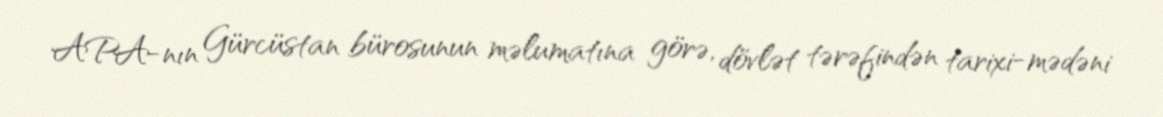
APA-nın Gürcüstan bürosunun məlumatına görə, dövlət tərəfindən tarixi-mədəni